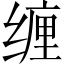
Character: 缠